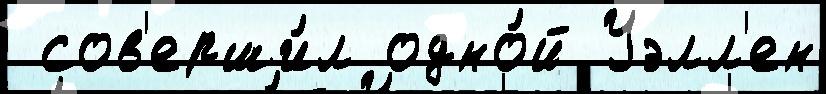
 сов'ерши́л одно́й Уэлл'ен